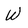
Character: W